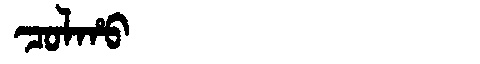
Manchu: ᠴᠣᠯᡥᠣ
Romanization: COLHO